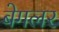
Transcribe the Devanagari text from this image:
बेगलर